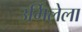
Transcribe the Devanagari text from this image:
उर्मिलेला